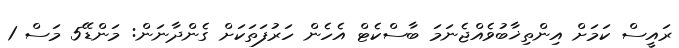
ރައީސް ކަމަށް އިންތިޚާބުވެއްޖެނަމަ ބާސްކެޓް އެހެން ހަރުފަތަކަށް ގެންދާނަން: މަންޑޭ5 މަސް 1